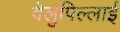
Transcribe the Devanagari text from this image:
वेलुपिल्लाई